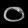
Digit: ၀